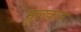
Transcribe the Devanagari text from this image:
मूलकार